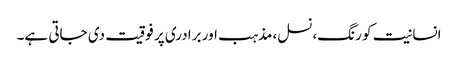
انسانیت کو رنگ،نسل،مذہب اور برادری پر فوقیت دی جاتی ہے۔